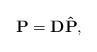
\begin{align*}{\bf P}={\bf D}{\bf\hat P}, \end{align*}